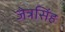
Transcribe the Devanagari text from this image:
जेत्रसिंह